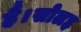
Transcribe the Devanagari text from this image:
है।सोलह